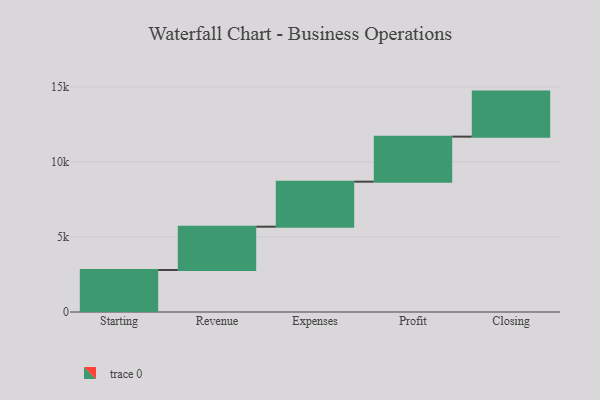
{"axis": {"x": "Step", "y": "Value"}, "legend": [""], "data": [{"x": "Starting", "y": 2798.0, "type": ""}, {"x": "Revenue", "y": 2886.0, "type": ""}, {"x": "Expenses", "y": 3000, "type": ""}, {"x": "Profit", "y": 3000, "type": ""}, {"x": "Closing", "y": 3000, "type": ""}]}